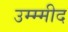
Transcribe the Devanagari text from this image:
उम्म्मीद